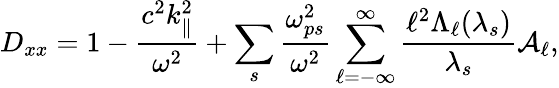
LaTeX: D_{xx}=1-\frac{c^{2}k_{\parallel}^{2}}{\omega^{2}}+\sum_{s}\frac{\omega_{ps}^{2}}{\omega^{2}}\sum_{\ell=-\infty}^{\infty}\frac{\ell^{2}\Lambda_{\ell}(\lambda_{s})}{\lambda_{s}}\mathcal{A}_{\ell},